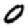
Digit: 0